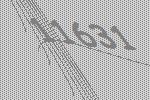
11631